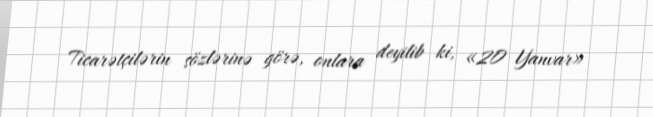
Ticarətçilərin sözlərinə görə, onlara deyilib ki, «20 Yanvar»